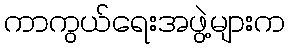
ကာကွယ်ရေးအဖွဲ့များက